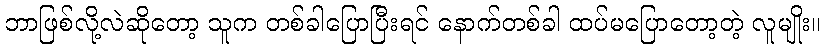
ဘာဖြစ်လို့လဲဆိုတော့ သူက တစ်ခါပြောပြီးရင် နောက်တစ်ခါ ထပ်မပြောတော့တဲ့ လူမျိုး။